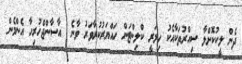
ދެން ލީކުކޮށްލާ ސިއްރުތަކާއެކު ހިލަރީ ކްލިންޓަން ހައްޔަރުކުރާވަރު ވާނެ  އާސާންޖްހުރިހާ އެންމެން